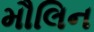
મૌલિન